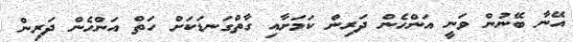
އޭނާ ބޭނުން ވަނީ އަންހެން ދަރިން ކަމަށާއި ގާތްގަނޑަކަށް ހަތް އަންހެން ދަރިން